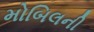
મોબિલની